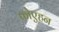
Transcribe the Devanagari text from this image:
फोएहन